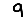
Digit: 9